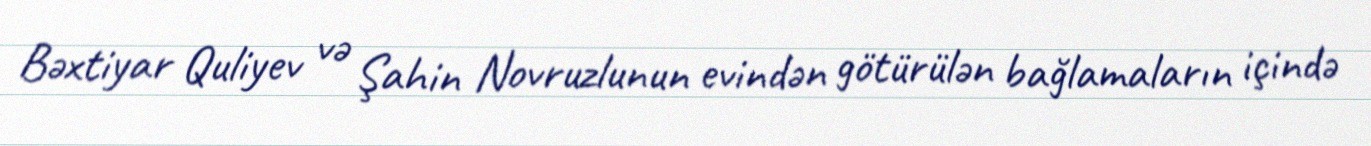
Bəxtiyar Quliyev və Şahin Novruzlunun evindən götürülən bağlamaların içində